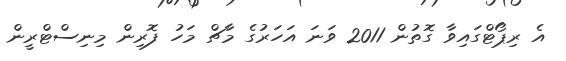
އެ ރިޕޯޓްގައިވާ ގޮތުން 2011 ވަނަ އަހަރުގެ މާޗް މަހު ފޮރިން މިނިސްޓްރީން